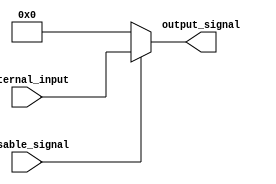
module DisableBlock (
    input wire disable_signal,   // Control signal (0 = disable, 1 = enable)
    input wire [N-1:0] internal_input, // Internal input signal to be processed
    output reg [N-1:0] output_signal // Output signal reflecting the behavior
);
    parameter N = 8; // Define the width of the input and output signals

    always @(*) begin
        if (!disable_signal) begin
            // When disable_signal is LOW (0), hold output at a predefined state (logic low)
            output_signal = {N{1'b0}}; // Output to logic low (or predefined value)
        end else begin
            // When disable_signal is HIGH (1), perform normal operation
            output_signal = internal_input; // Pass through the internal logic or input
        end
    end

endmodule